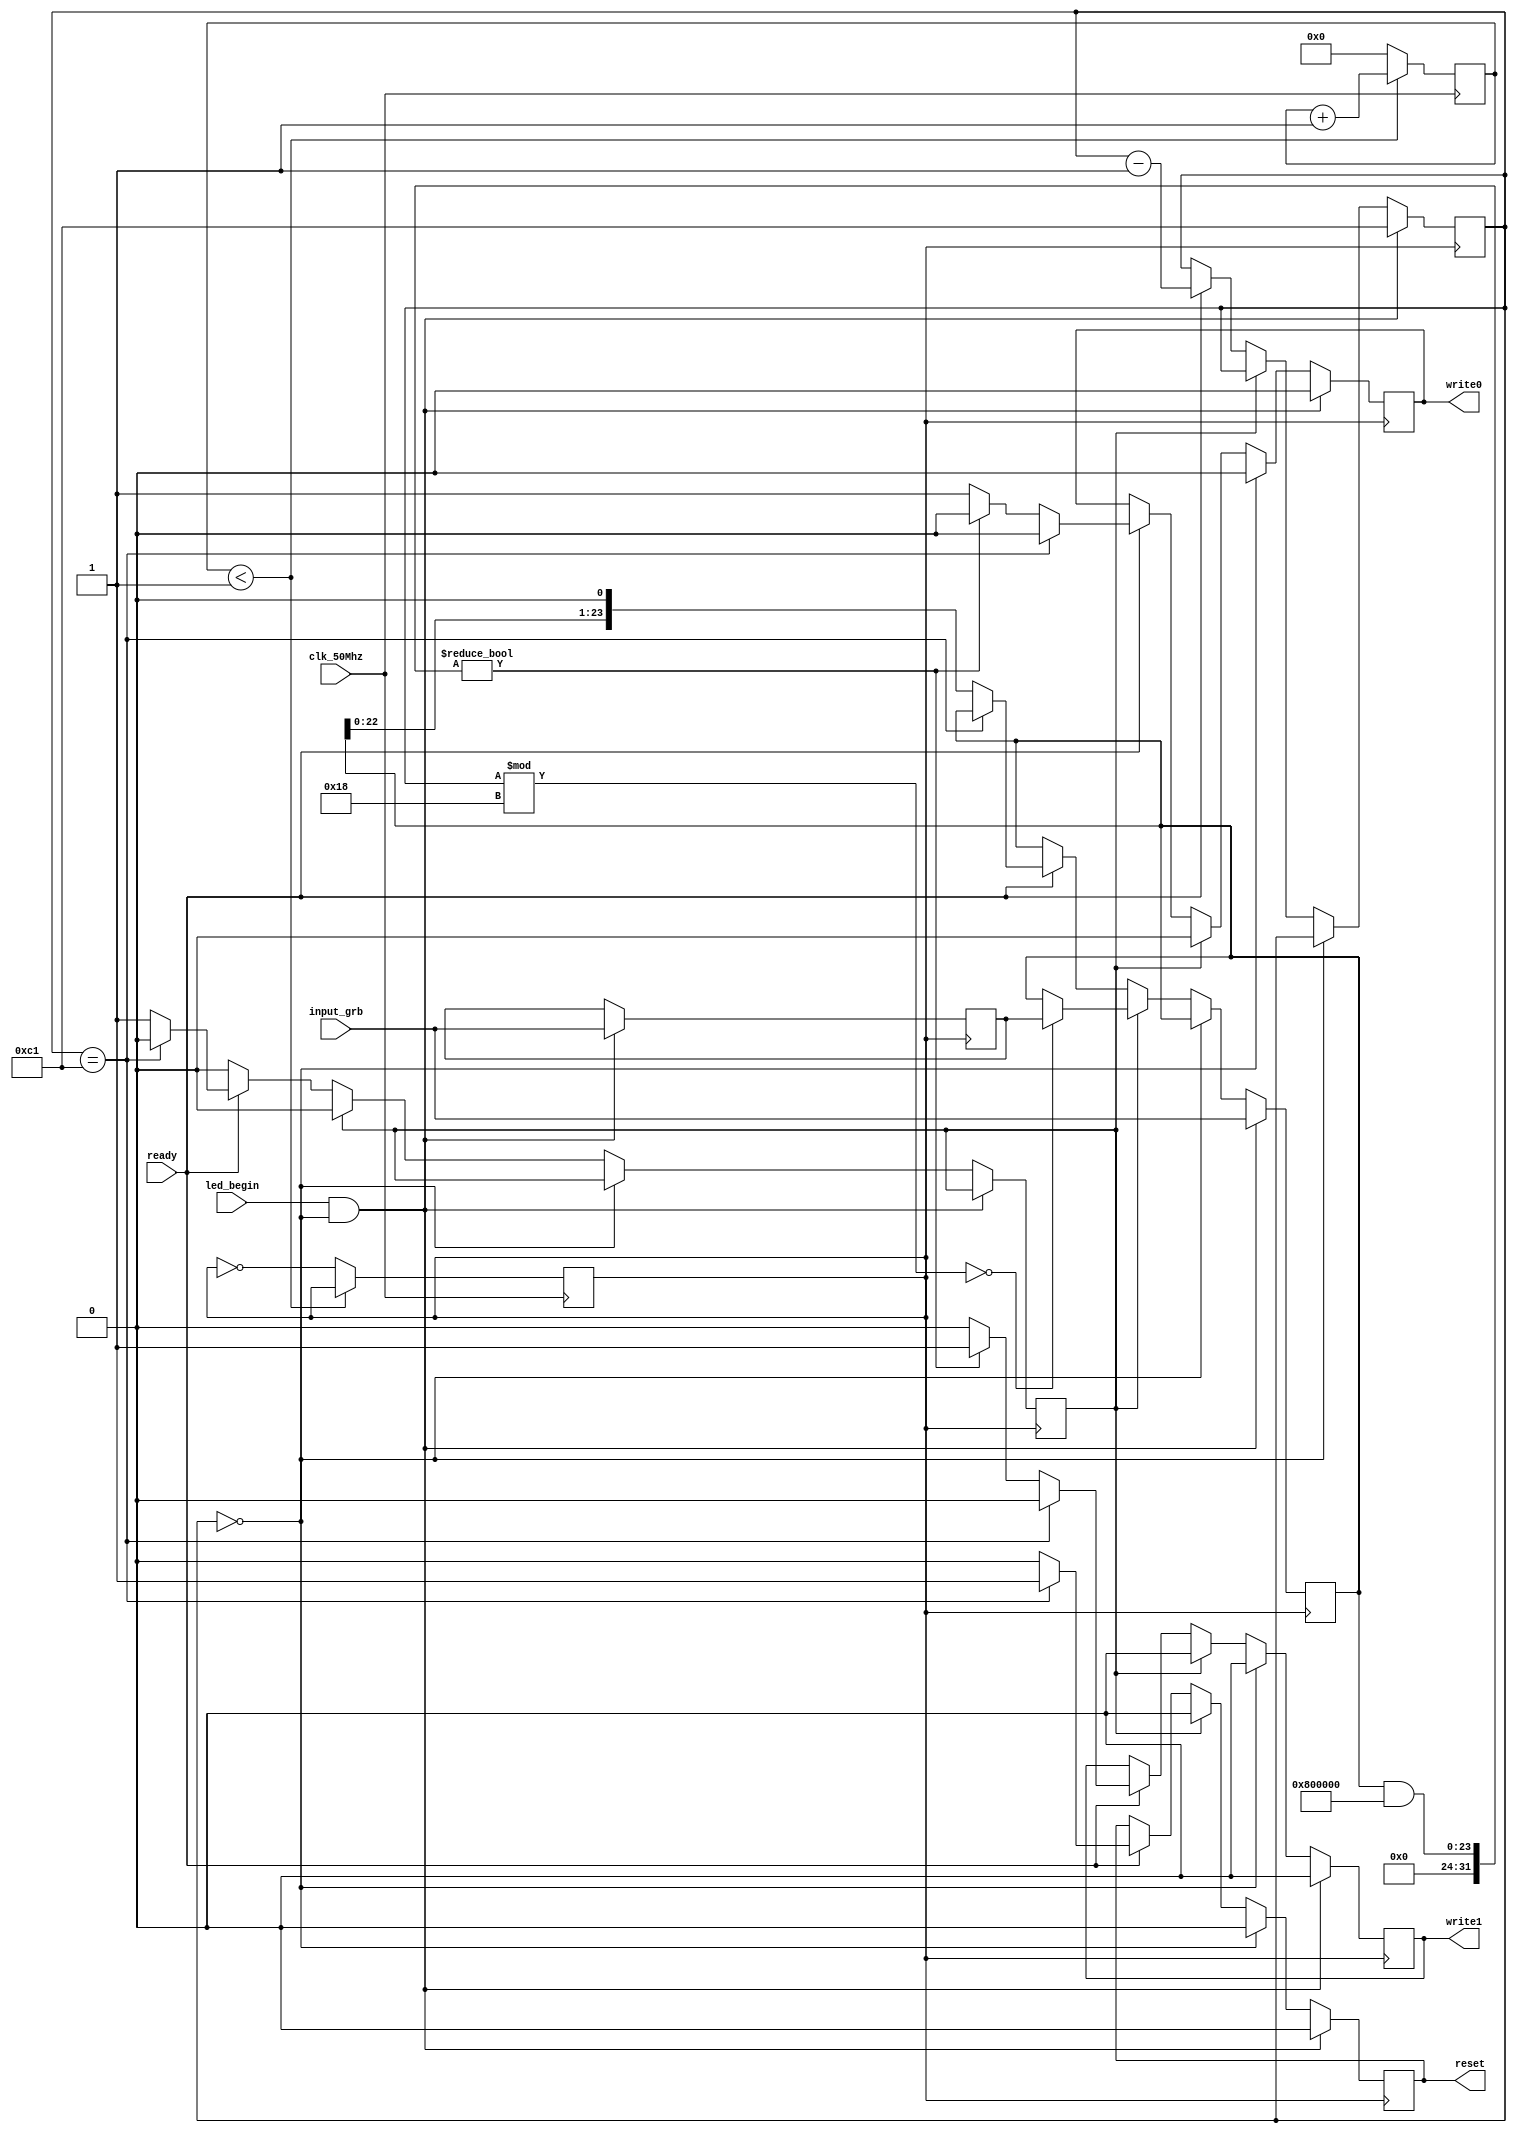
module Led_art
(
	input clk_50Mhz,//1.25us
	input ready,
	input led_begin,
	input [23:0] input_grb,
	output reg write0,
	output reg write1,
	//output reg [5:0] digit,
	output reg reset
);

reg [7:0] digit;
reg [23:0] grb;
reg [23:0] tempgrb;
reg [11:0] count;
reg clkOut;
reg status;

initial begin
	write0<=0;
	write1<=0;
	reset<=0;
	digit<=0;
	//clkOut<=1;
end
	
	
always @ (posedge clk_50Mhz)
begin
	if (count< 1)
		count=count+1;
	else
	begin
		clkOut=~clkOut;
		count=0;
	end
end


always @ (posedge clkOut) begin
	if (led_begin==1 && digit==0) begin
		digit=193;
		grb=input_grb;
		tempgrb=input_grb;
		write1=0;
		write0=0;
		reset=0;
	end
	
	else if(digit==0) begin
		write1=0;
		write0=0;
		reset=0;
	end
	
	else begin
		if(status==1) begin
			write1=0;
			write0=0;
			reset=0;
			status<=0;
			if(digit % 24==0) 
				grb=tempgrb;
		end
		else if (ready==1) begin
			if (digit==193) begin
				reset<=1;
				write1<=0;
				write0<=0;
				digit<=digit-1;
			end
			else begin
				if (grb & 8388608) begin
					reset<=0;
					write1<=1;
					write0<=0;
					grb = grb << 1;
				end
				else begin
					reset<=0;
					write1<=0;
					write0<=1;
					grb = grb <<  1;
				end
				digit<=digit-1;
				status<=1;
			end
		end
	end
end

endmodule